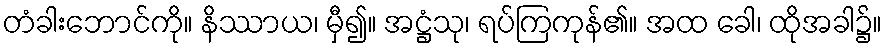
တံခါးဘောင်ကို။ နိဿာယ၊ မှီ၍။ အဋ္ဌံသု၊ ရပ်ကြကုန်၏။ အထ ခေါ၊ ထိုအခါ၌။